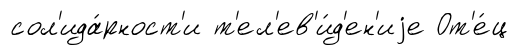
сол'ида́рност'и т'ел'ев'и́д'ен'иjе От'е́ц